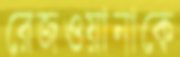
রেজওয়ানাকে